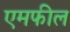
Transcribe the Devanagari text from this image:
एमफील